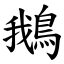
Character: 鵝